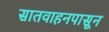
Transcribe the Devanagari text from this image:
सातवाहनपासून